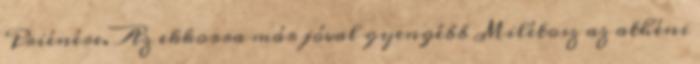
Priénére. Az ekkorra már jóval gyengébb Milétosz az athéni